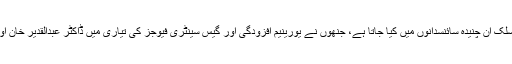
ڈاکٹر تسنیم شاہ کا شمار کہوٹہ ریسرچ لیبارٹریز سے منسلک ان چنیدہ سائنسدانوں میں کیا جاتا ہے، جنھوں نے یورینیم افزودگی اور گیس سینٹری فیوجز کی تیاری میں ڈاکٹر عبدالقدیر خان اور ڈاکٹر جی ڈی عالم کی کافی عرصے تک معاونت کی۔